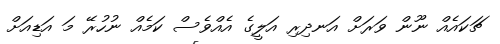
ޗަކައެއް ނޫން ވަރަށް އަނދިރި އަލީގެ އެއްވެސް ކަމެއް ނުހުރޭ މަ އަޑިއަށް